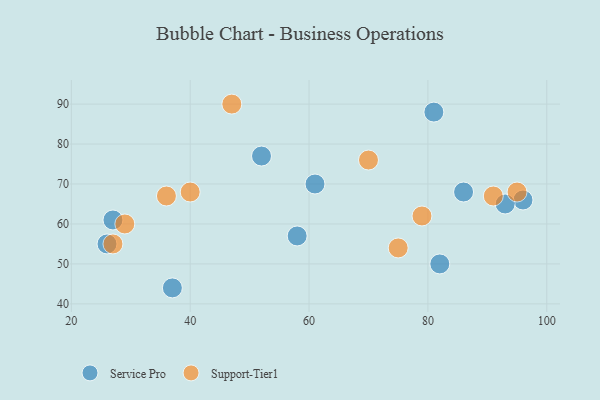
{"axis": {"x": "GDP", "y": "Life Expectancy"}, "legend": ["Service Pro", "Support-Tier1"], "data": [{"x": "58", "y": 57, "type": "Service Pro"}, {"x": "82", "y": 50, "type": "Service Pro"}, {"x": "52", "y": 77, "type": "Service Pro"}, {"x": "37", "y": 44, "type": "Service Pro"}, {"x": "96", "y": 66, "type": "Service Pro"}, {"x": "27", "y": 61, "type": "Service Pro"}, {"x": "61", "y": 70, "type": "Service Pro"}, {"x": "93", "y": 65, "type": "Service Pro"}, {"x": "86", "y": 68, "type": "Service Pro"}, {"x": "81", "y": 88, "type": "Service Pro"}, {"x": "26", "y": 55, "type": "Service Pro"}, {"x": "91", "y": 67, "type": "Support-Tier1"}, {"x": "95", "y": 68, "type": "Support-Tier1"}, {"x": "29", "y": 60, "type": "Support-Tier1"}, {"x": "36", "y": 67, "type": "Support-Tier1"}, {"x": "70", "y": 76, "type": "Support-Tier1"}, {"x": "27", "y": 55, "type": "Support-Tier1"}, {"x": "40", "y": 68, "type": "Support-Tier1"}, {"x": "75", "y": 54, "type": "Support-Tier1"}, {"x": "47", "y": 90, "type": "Support-Tier1"}, {"x": "79", "y": 62, "type": "Support-Tier1"}]}